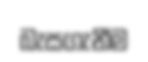
බැසගැනීම